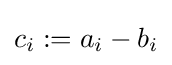
c_{i}:=a_{i}-b_{i}